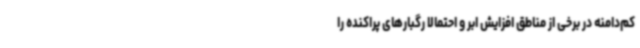
کم‌دامنه در برخی از مناطق افزایش ابر و احتمالاً رگبارهای پراکنده را